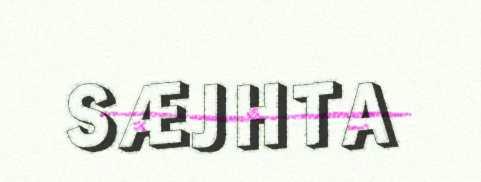
SÆJHTA